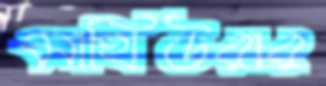
মাথিউরার